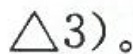
△ 3 )$$。